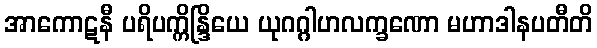
အာကောဋနီ ပရိပက္ကိန္ဒြိယေ ယုဂဂ္ဂါဟလက္ခဏော မဟာဒါနပတီတိ